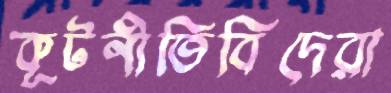
কূটনীতিবিদেরা